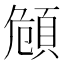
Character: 頠